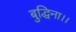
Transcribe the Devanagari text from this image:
बुद्धिना।।